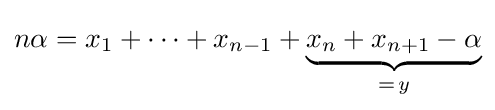
n\alpha =x_{1}+\cdots +x_{n-1}+\underbrace {x_{n}+x_{n+1}-\alpha } _{=\,y}